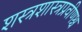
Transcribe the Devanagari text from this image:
शस्त्रशास्त्रप्रवीणश्च